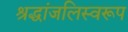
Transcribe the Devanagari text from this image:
श्रद्धांजलिस्वरूप